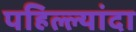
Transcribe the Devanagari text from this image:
पहिल्ल्यांदा